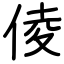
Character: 倰